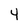
Character: 4